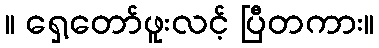
။ ရှေ့တော်ဖူးလင့် ပြီတကား။